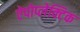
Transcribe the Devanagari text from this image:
ऐपोप्लेक्टिक